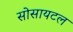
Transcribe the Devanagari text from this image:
सोसायटल